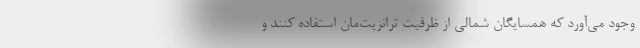
وجود می‌آورد که همسایگان شمالی از ظرفیت ترانزیت‌مان استفاده کنند و